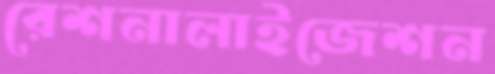
রেশনালাইজেশন